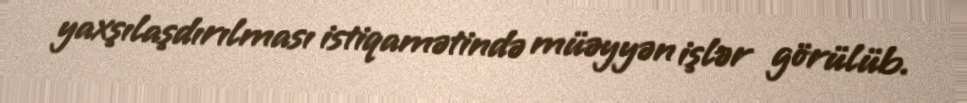
yaxşılaşdırılması istiqamətində müəyyən işlər görülüb.